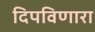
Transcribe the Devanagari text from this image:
दिपविणारा